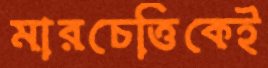
মারচেত্তিকেই